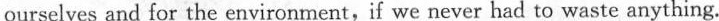
ourselves and for the environment,if we never had to wasteanything.